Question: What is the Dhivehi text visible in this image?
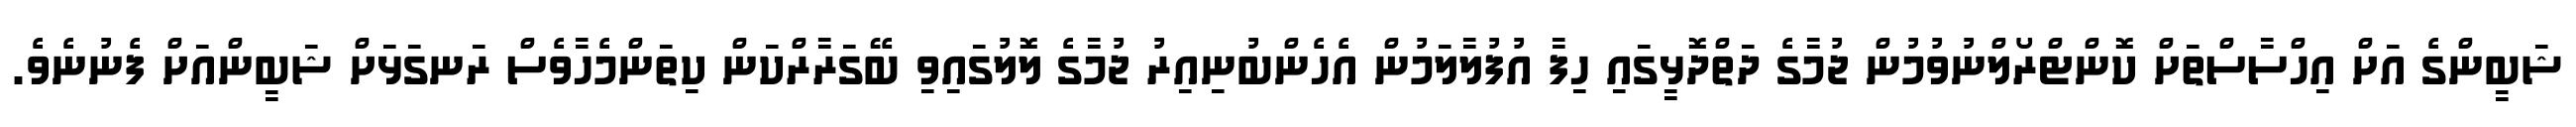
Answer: ޝަބީންގެ އަށް އިހްސާސްތަށް ކޮންޓްރޯލްނުވުމުން ޖުމާގެ ދަތްދޮޅީގައި ހިފާ އުފުލާލަމުން އެހެންބުނިއިރު ޖުމާގެ ލޮލުގައިވި ބޭގަރާރްކަން ކިތަންމެހާވެސް ރަނގަޅަށް ޝަބީންއަށް ފެނުނެވެ.